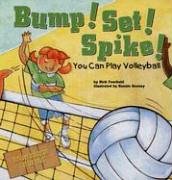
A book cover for Bump! Set! Spike!: You Can Play Volleyball (Game Day); Nick Fauchald; Sports & Outdoors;